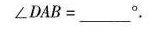
$$∠ D A B = ____°$$.